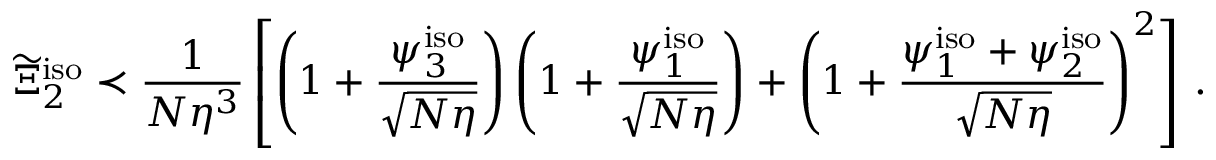
\widetilde { \Xi } _ { 2 } ^ { \mathrm { i s o } } \prec \frac { 1 } { N \eta ^ { 3 } } \left[ \left( 1 + \frac { \psi _ { 3 } ^ { \mathrm { i s o } } } { \sqrt { N \eta } } \right) \left( 1 + \frac { \psi _ { 1 } ^ { \mathrm { i s o } } } { \sqrt { N \eta } } \right) + \left( 1 + \frac { \psi _ { 1 } ^ { \mathrm { i s o } } + \psi _ { 2 } ^ { \mathrm { i s o } } } { \sqrt { N \eta } } \right) ^ { 2 } \right] \, .